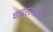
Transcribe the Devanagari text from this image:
घाबरल्यावर